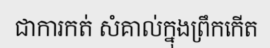
ជាការកត់ សំគាល់ក្នុងព្រឹកកើត